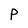
Character: P